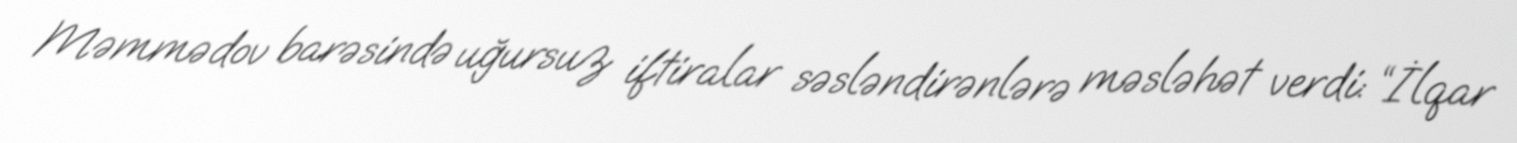
Məmmədov barəsində uğursuz iftiralar səsləndirənlərə məsləhət verdi: “İlqar